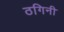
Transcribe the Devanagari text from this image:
ठगिनी